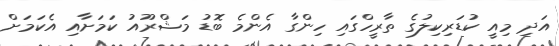
އަދި މިއީ ކުޑަރިކިލުގެ ތާރީހްގައި ހިންގާ އެންމެ ބޮޑު މަޝްރޫއު ކަމަށާއި އެކަމަށް